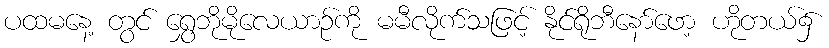
ပထမနေ့ တွင် ရွှေဘိုမိုလေယာဉ်ကို မမီလိုက်သဖြင့် နိုင်ရိုဘီနော်ဖော့ ဟိုတယ်၌